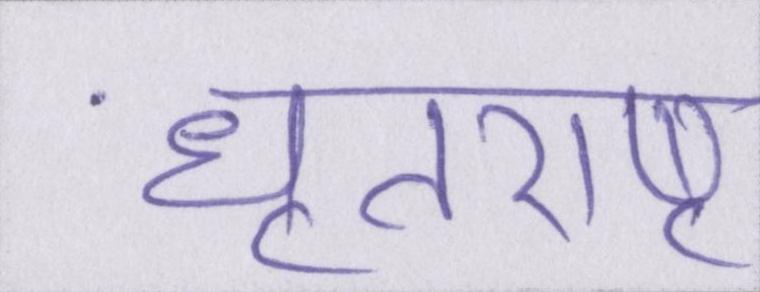
धृतराष्ट्र